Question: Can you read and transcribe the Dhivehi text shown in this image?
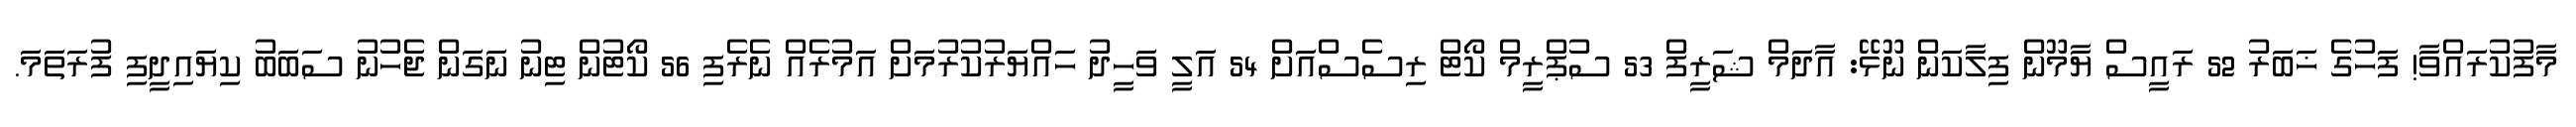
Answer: މާފުކުރައްވާ! ފަހުގެ ޚަބަރު 52 ރައީސް ޔާމޫން ފިލާކަން ނޫޅޭ: އާދަމް ޝަރީފް 53 ސުޕްރީމް ކޯޓް ރިސެސްއަށް 54 އަލީ ވަހީދު ހައްޔަރުކުރުމަށް އަމުރެއް ނެރެފި 56 ކޯޓުން ޓިނު ނަގަން ޖެހުނު ސަބަބު ކިޔައިދީފި ފުރަތަމަ.